Lunatic asylums Bombay report 1891-1903 - 1891-1903
Year: 1891
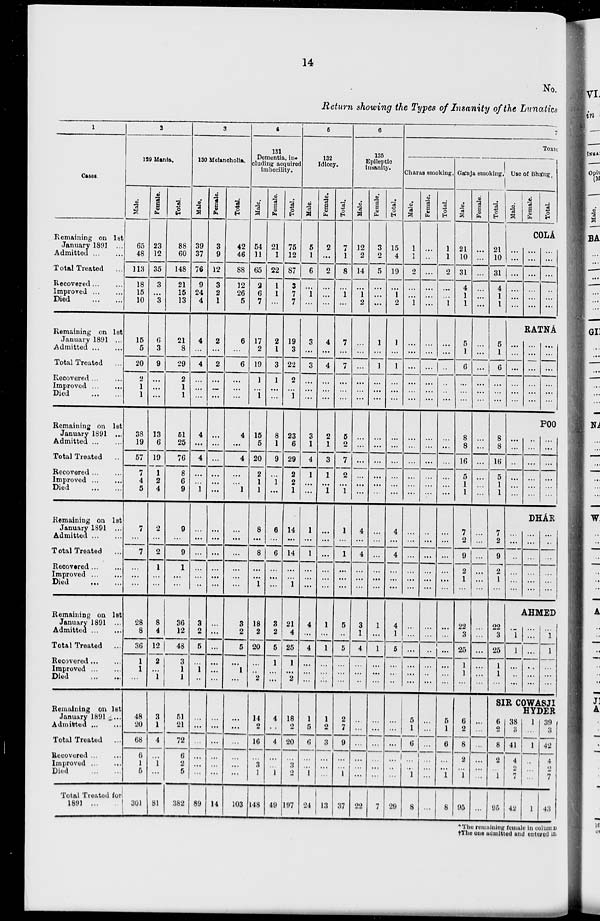
14
No.
Return showing the Types of Insanity of the Lunatics
1
Cases.
Remaining on 1st
January 1891 ...
Admitted
...
...
Total Treated ...
Recovered
...
...
Improved
...
...
Died
...
...
Remaining on 1st
January 1891 ...
Admitted
...
...
Total Treated ...
Recovered
...
...
Improved
...
...
Died
...
...
Remaining on 1st
January 1891 ...
Admitted
...
...
Total Treated ...
Recovered
...
...
Improved
...
...
Died
...
...
Remaining on 1st
January 1891 ...
Admitted
...
...
Total Treated ...
Recovered
...
...
Improved
...
...
Died
...
...
Remaining on 1st
January 1891 ...
Admitted
...
...
Total Treated
...
Recovered
...
...
Improved
...
...
Died
...
...
Remaining on 1st
January 1891 ...
Admitted
...
...
Total Treated ...
Recovered ... ...
Improved
...
...
Died
...
...
Total Treated for
1891
...
2
129 Mania.
Male.
65
48
113
18
15
10
15
5
20
2
1
1
38
19
57
7
4
5
7
...
7
...
...
...
28
8
36
1
1
...
48
20
68
6
1
5
301
Female.
23
12
35
3
...
3
6
3
9
...
...
...
13
6
19
1
2
4
2
...
2
1
...
...
8
4
12
2
...
1
3
1
4
...
1
...
81
Total.
88
60
148
21
15
13
21
8
29
2
1
1
51
25
76
8
6
9
9
...
9
1
...
...
36
12
48
3
1
1
51
21
72
6
2
5
382
3
130 Melancholia.
Male.
39
37
76
9
24
4
4
...
4
...
...
...
4
...
4
...
...
1
...
...
...
...
...
...
3
2
5
...
1
...
...
...
...
...
...
...
89
Female.
3
9
12
3
2
1
2
...
2
...
...
...
...
...
...
...
...
...
...
...
...
...
...
...
...
...
...
...
...
...
...
...
...
...
...
...
14
Total.
42
46
88
12
26
5
6
...
6
...
...
...
4
...
4
...
...
1
...
...
...
...
...
...
3
2
5
...
1
...
...
...
...
...
...
...
103
4
131
Dementia, in-
cluding acquired
imbecility.
Male.
54
11
65
2
6
7
17
2
19
1
...
1
15
5
20
2
1
1
8
...
8
...
...
1
18
2
20
...
...
2
14
2
16
...
3
1
148
Female.
21
1
22
1
1
...
2
1
3
1
...
...
8
1
9
...
1
...
6
...
6
...
...
...
3
2
5
1
...
...
4
...
4
...
...
1
49
Total.
75
12
87
3
7
7
19
3
22
2
...
1
23
6
29
2
2
1
14
...
14
...
...
1
21
4
25
1
...
2
18
2
20
...
3
2
197
5
132
Idiocy.
Male.
5
1
6
...
1
...
3
...
3
...
...
...
3
1
4
1
...
...
1
...
1
...
...
...
4
...
4
...
...
...
1
5
6
...
...
1
24
Female.
2
...
2
...
...
...
4
...
4
...
...
...
2
1
3
1
...
1
...
...
...
...
...
...
1
...
1
...
...
...
1
2
3
...
...
...
13
Total.
7
1
8
...
1
...
7
...
7
...
...
...
5
2
7
2
...
1
1
...
1
...
...
...
5
...
5
...
...
...
2
7
9
...
...
1
37
6
135
Epileptic
insanity.
Male.
12
2
14
...
1
2
...
...
...
...
...
...
...
...
...
...
...
...
4
...
4
...
...
...
3
1
4
...
...
...
...
...
...
...
...
...
22
Female.
3
2
5
...
...
...
1
...
1
...
...
...
...
...
...
...
...
...
...
...
...
...
...
...
1
...
1
...
...
...
...
...
...
...
...
...
7
Total.
15
4
19
...
1
2
1
...
1
...
...
...
...
...
...
...
...
...
4
...
4
...
...
...
4
1
5
...
...
...
...
...
...
...
...
...
29
7
Toxic
Charas smoking.
Male.
1
1
2
...
...
1
...
...
...
...
...
...
...
...
...
...
...
...
...
...
...
...
...
...
...
...
...
...
...
...
5
1
6
...
...
1
8
Female.
...
...
...
...
...
...
...
...
...
...
...
...
...
...
...
...
...
...
...
...
...
...
...
...
...
...
...
...
...
...
...
...
...
...
...
...
...
Total.
1
1
2
...
...
1
...
...
...
...
...
...
...
...
...
...
...
...
...
...
...
...
...
...
...
...
...
...
...
...
5
1
6
...
...
1
8
Gánja smoking.
Male.
21
10
31
4
1
1
5
1
6
...
...
...
8
8
16
5
1
1
7
2
9
2
1
...
22
3
25
1
1
...
6
2
8
2
...
1
95
Female.
...
...
...
...
...
...
...
...
...
...
...
...
...
...
...
...
...
...
...
...
...
...
...
...
...
...
...
...
...
...
...
...
...
...
...
...
...
Total.
21
10
31
4
1
1
5
1
6
...
...
...
8
8
16
5
1
1
7
2
9
2
1
...
22
3
25
1
1
...
Use of Bháng.
Male.
...
...
...
...
...
...
Female.
Total.
COLÁ
...
...
...
...
...
...
...
...
...
...
...
...
RATNÁ
...
...
...
...
...
...
...
...
...
...
...
...
...
...
...
...
...
...
...
...
...
...
...
...
...
...
...
...
...
...
POO
...
...
...
...
...
...
...
...
...
...
...
...
DHÁR
...
...
...
...
...
...
...
...
...
...
...
...
AHMED
...
1
1
...
...
...
...
...
...
...
...
...
...
1
1
...
...
...
SIR COWASJI
HYDER
6
2
8
2
...
1
95
38
3
41
4
2
7
42
1
...
1
...
...
...
1
39
3
42
4
2
7
43
* The remaining female in column
†The one admitted and entered in-